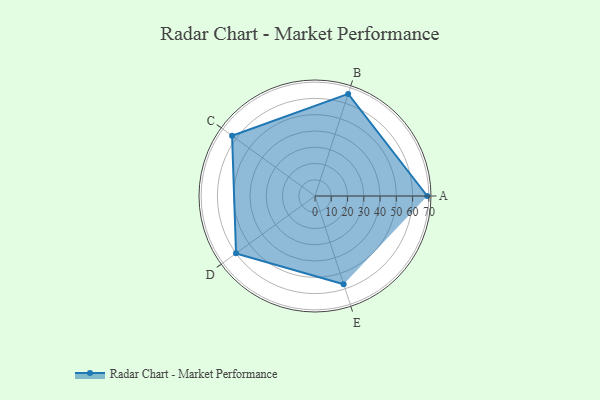
{"axis": {"x": "Skill", "y": "Score"}, "legend": ["Profile"], "data": [{"x": "A", "y": 69.0, "type": "Profile"}, {"x": "B", "y": 66.0, "type": "Profile"}, {"x": "C", "y": 63.0, "type": "Profile"}, {"x": "D", "y": 60.0, "type": "Profile"}, {"x": "E", "y": 57.0, "type": "Profile"}]}